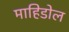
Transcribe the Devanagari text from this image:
माहिडोल